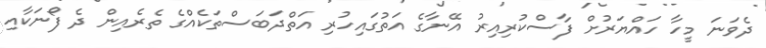
ދެވަނަ މީހާ ހައްޔަރުށް ފާސްކުރިއިރު އޭނާގެ އަތުގައިހުރި އަތްދަބަސްތަކެއްގެ ތެރެއިން ދެ ފޯނަކާއި